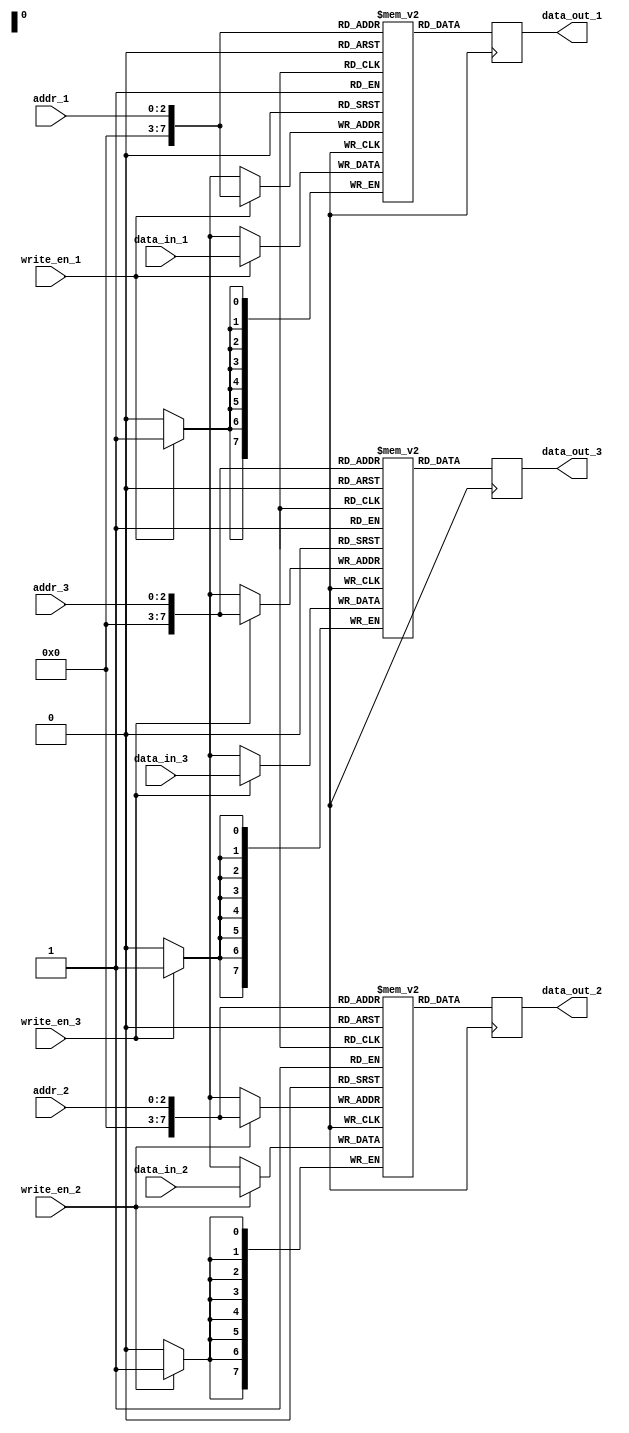
module triple_port_register_file (
    input [7:0] data_in_1, data_in_2, data_in_3,
    input [2:0] addr_1, addr_2, addr_3,
    input write_en_1, write_en_2, write_en_3,
    output reg [7:0] data_out_1, data_out_2, data_out_3
    );

reg [7:0] mem_block_1 [0:255];
reg [7:0] mem_block_2 [0:255];
reg [7:0] mem_block_3 [0:255];

always @ (posedge clk) begin
    if (write_en_1) mem_block_1[addr_1] <= data_in_1;
    if (write_en_2) mem_block_2[addr_2] <= data_in_2;
    if (write_en_3) mem_block_3[addr_3] <= data_in_3;
    
    data_out_1 <= mem_block_1[addr_1];
    data_out_2 <= mem_block_2[addr_2];
    data_out_3 <= mem_block_3[addr_3];
end

endmodule